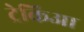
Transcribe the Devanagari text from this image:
ट्रेकिआ